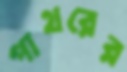
পাথরের